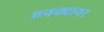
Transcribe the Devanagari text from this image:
एनक्वायर